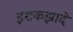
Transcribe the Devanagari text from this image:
इशकझादे